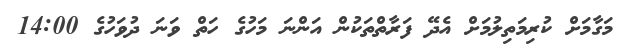
މަގާމަށް ކުރިމަތިލުމަށް އެދޭ ފަރާތްތަކުން އަންނަ މަހުގެ ހަތް ވަނަ ދުވަހުގެ 14:00